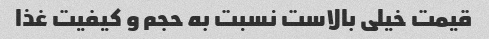
قیمت خیلی بالاست نسبت به حجم و کیفیت غذا